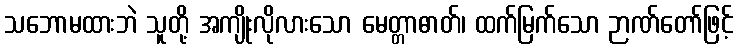
သဘောမထားဘဲ သူတို့ အကျိုးလိုလားသော မေတ္တာဓာတ်၊ ထက်မြက်သော ဉာဏ်တော်ဖြင့်